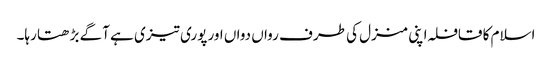
اسلام کا قافلہ اپنی منزل کی طرف رواں دواں اور پوری تیزی ہے آگے بڑھتا رہا۔